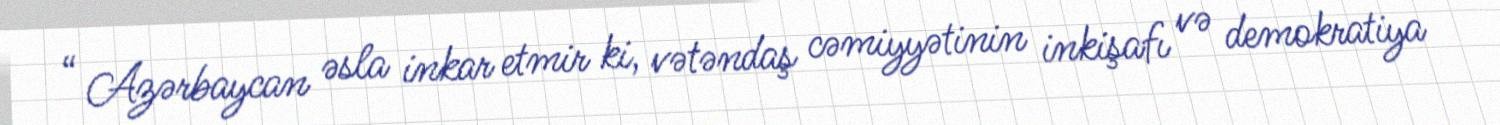
“ Azərbaycan əsla inkar etmir ki, vətəndaş cəmiyyətinin inkişafı və demokratiya